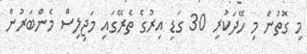
މި ގޮތުން މި ހޭދަކުރި 30 ގަޑި އިރުގެ ތެރޭގައި މަޖިލިސް މެންބަރުން